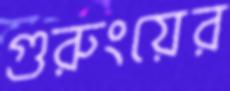
গুরুংয়ের